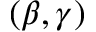
( \beta , \gamma )